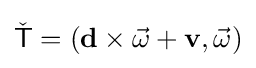
{\check {\mathsf {T}}}=(\mathbf {d} \times {\vec {\omega }}+\mathbf {v} ,{\vec {\omega }})